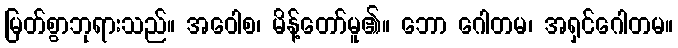
မြတ်စွာဘုရားသည်။ အဝေါစ၊ မိန့်တော်မူ၏။ ဘော ဂေါတမ၊ အရှင်ဂေါတမ။